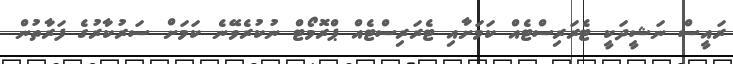
ރައީސް ނަޝީދަކީ ޓެރަރިސްޓެއް ކަމަށާއި ޓެރަރިސްޓެއް ޕްރޮމޯޓް ނުކުރެވޭނެ ކަމަށް ސަރުކާރުގެ ފަރާތުން